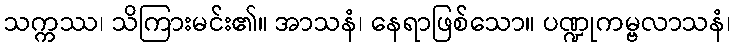
သက္ကဿ၊ သိကြားမင်း၏။ အာသနံ၊ နေရာဖြစ်သော။ ပဏ္ဍုကမ္ဗလာသနံ၊